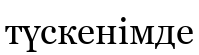
түскенімде